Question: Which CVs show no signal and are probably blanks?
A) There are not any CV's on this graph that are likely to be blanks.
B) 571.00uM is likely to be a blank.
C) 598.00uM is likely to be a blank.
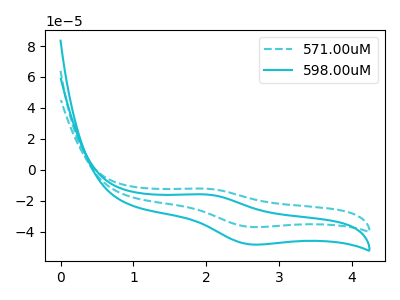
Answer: <think>The cyan dashed curve "571.00uM" has an anodic peak at (2.00V, -12.25uA) and a cathodic peak at (2.60V, -37.00uA). The cyan curve "598.00uM" has an anodic peak at (2.00V, -15.95uA) and a cathodic peak at (2.60V, -48.30uA).</think>
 <answer>A) There are not any CV's on this graph that are likely to be blanks.</answer>
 <eval>A</eval>